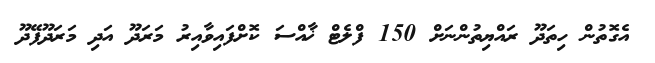
އެގޮތުން ހިތަދޫ ރައްޔިތުންނަށް 150 ފްލެޓް ޚާއްސަ ކޮށްފައިވާއިރު މަރަދޫ އަދި މަރަދޫފޭދޫ